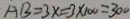
A B = 3 x = 3 \times 1 0 0 = 3 0 0